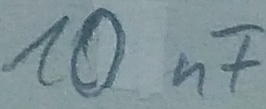
Text: 10nF